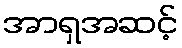
အာရှအဆင့်